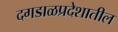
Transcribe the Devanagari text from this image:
दगडाळप्रदेशातील